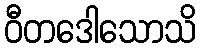
ဝီတဒေါသောသိ